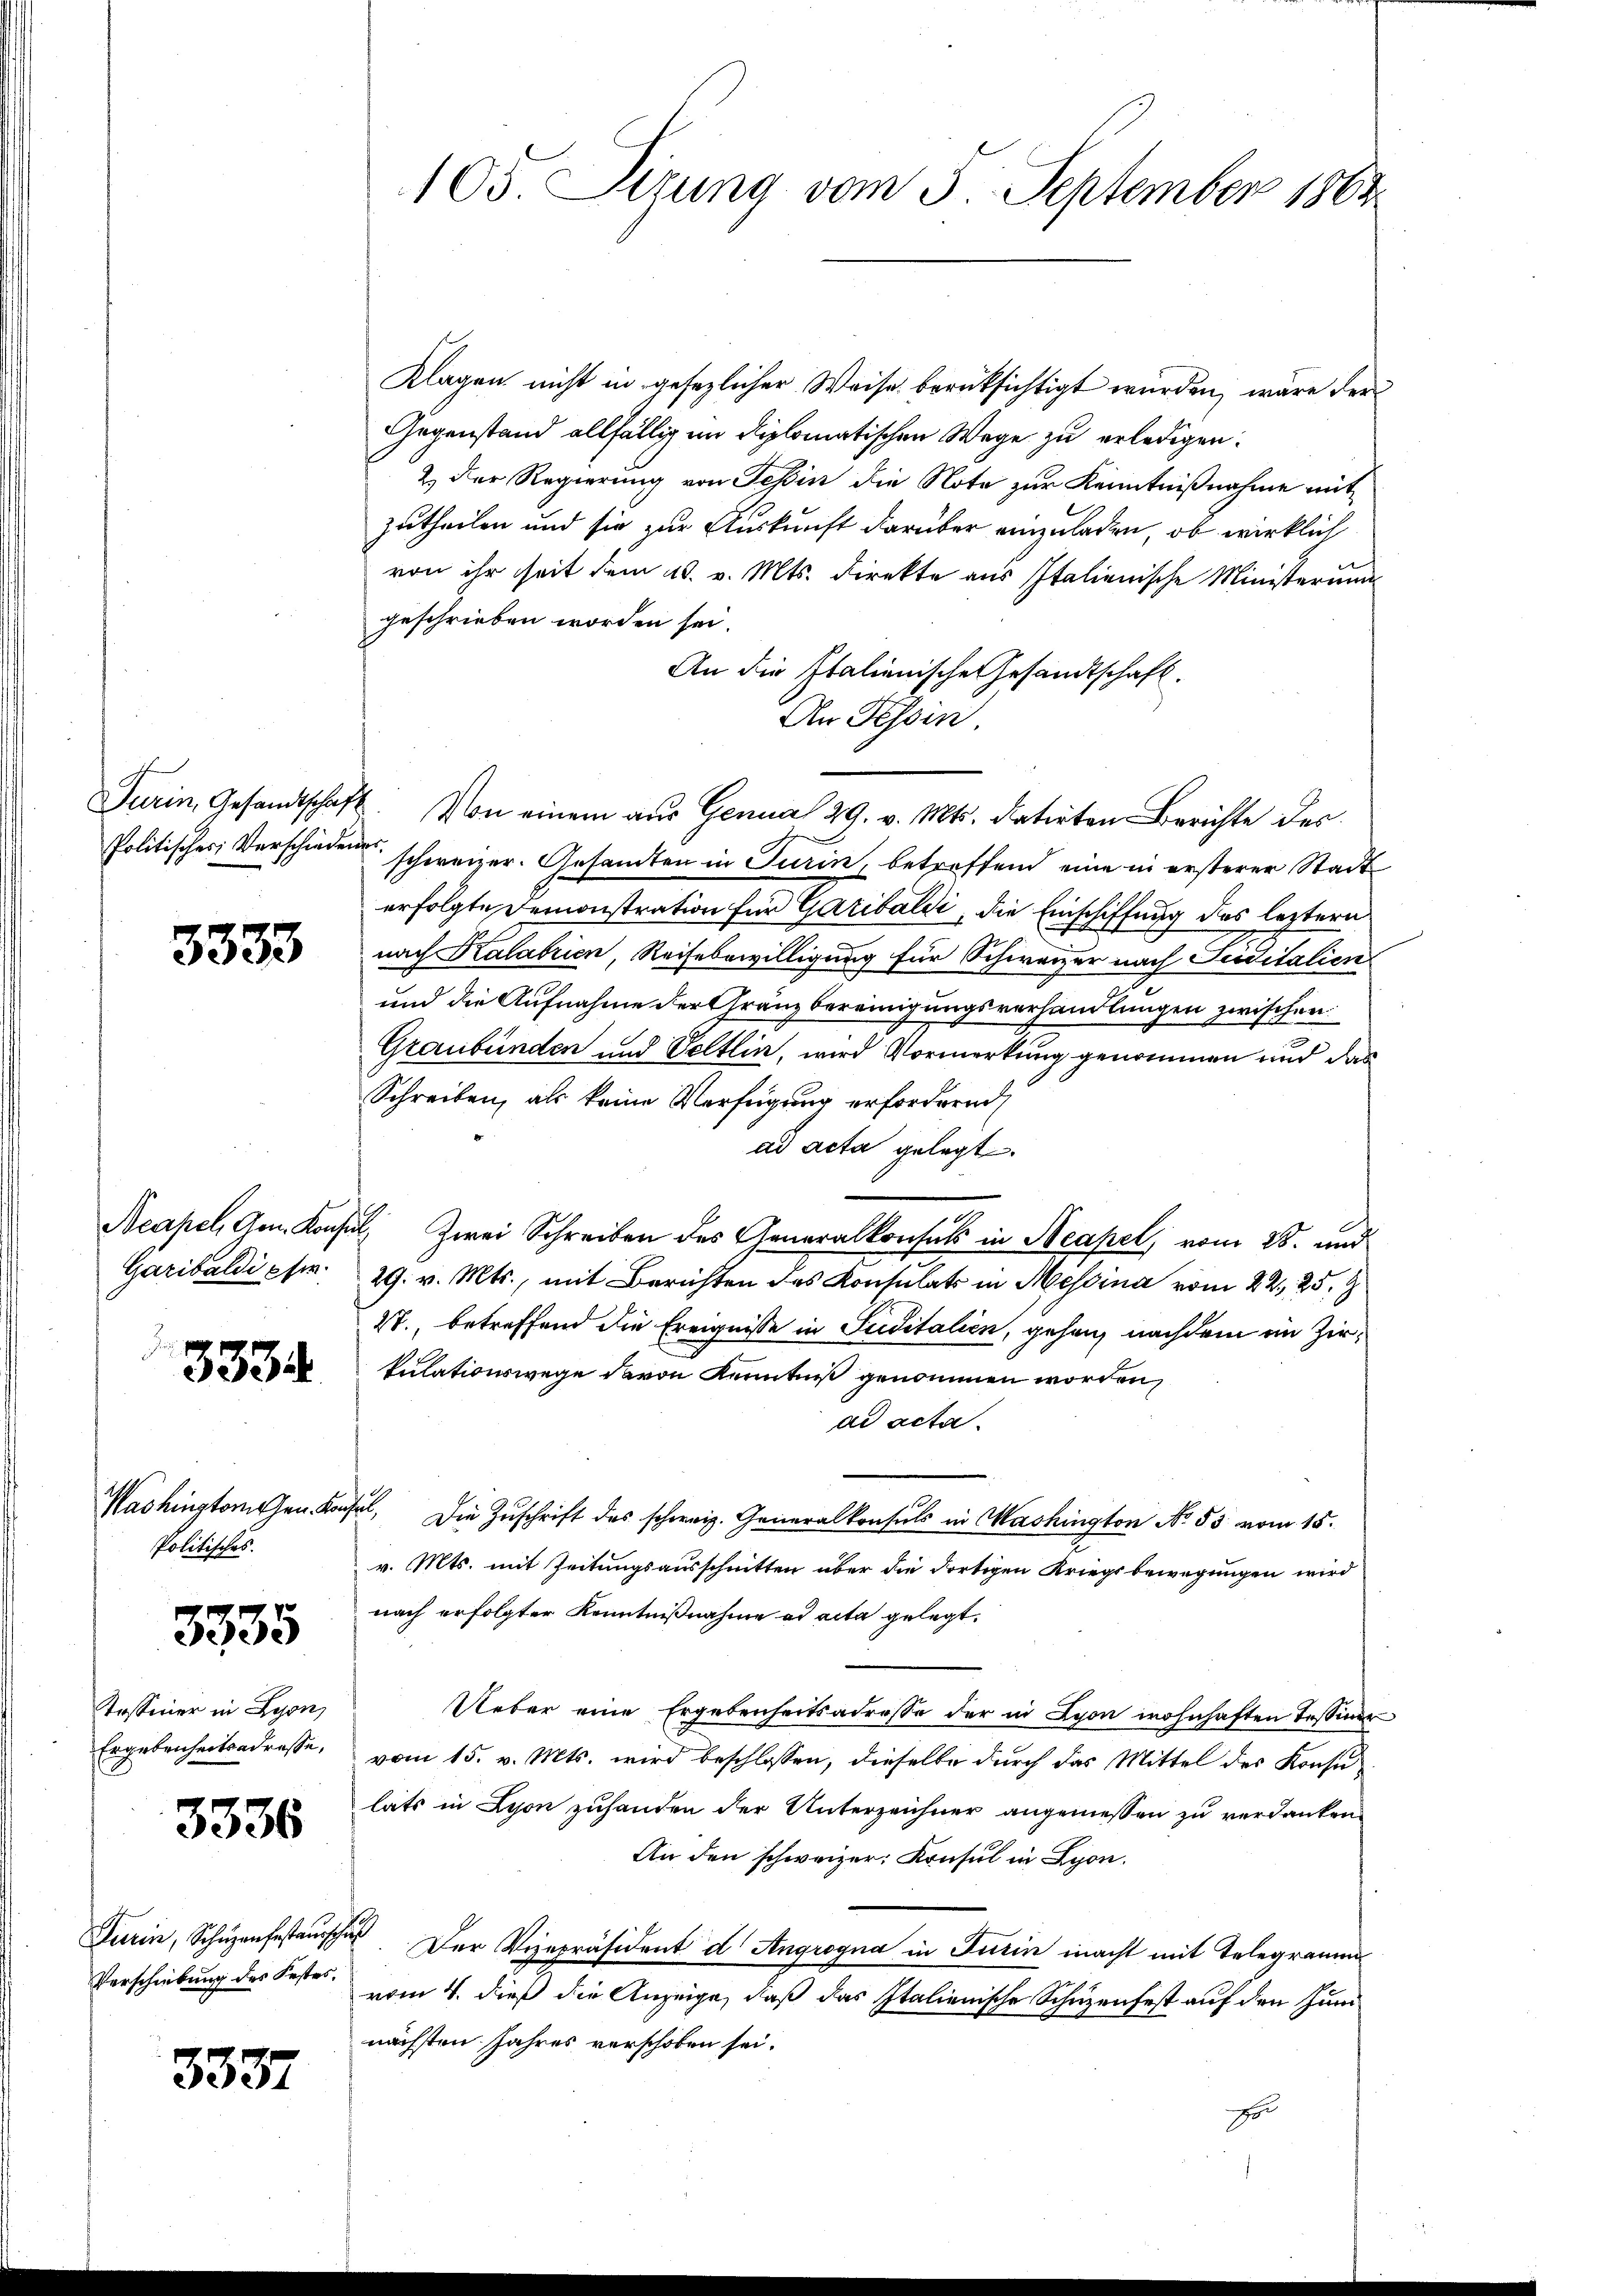
3333

Garibaldi ese

3334.

Washingtorchen Kan¬
Politisches.

8335

Tossener in Lyon
Ergebenheitsadresse,

3336

Turin, Schüzenfestaus
Verschiebung des Festes.

3337

Klagen nicht in gesezlicher Weise berüksichtigt wurden, wäre der
Gegenstand allfällig im diplomatischen Wege zu erledigen.
2.) Der Regierung von Tessin die Note zur Kenntnißnahme mit
zutheilen und sie zur Auskunft darüber einzuladen, ob wirklich
von ihr seit dem 18. v. Mts. Direkte aus Italienische Ministerium
geschrieben worden sei.
An die Italienische Gesandtschaft.
An Tessin.
Turin, Gesandtschaft. Von einem aŭs Genual 29. v. Mts. datirten Berichte des
Politisches Verschieden schweizer. Gesandten in Turin, betreffend eine in ersterer Stadt
erfolgte Demonstration für Garibaldi, die Einschiffung des leztern
nach Kalabrien, Reihebewilligung für Schweizer nach Ferditalien
und die Aufnahme der Gränzbereinigungsverhandlungen zwischen
n
Graubünden und Veltlin, wird Vormerkung genommen und das
Schreiben, als keine Verfügung erfordern
ad acta gelegt.
Neapel, Gen. Konsul Zwei Schreiben des Generalkonsuls in Neapel, vom 28. und
29. v. Mts., mit Berichten des Konsulats in Messina vom 22., 25. 9
2T., betreffend die Ereignisse in Suditalien, gehen, nachdem im Zirkulationswege davon Kenntniß genommen worden,
ad acta.
ehel. Die Zuschrift des schweiz. Generalkonsuls in Washington No. 53 vom 15.
v. Mts. mit Zeitungsausschnitten über die dortigen Kriegsbewegungen wird
nach erfolgter Kenntnißnahme ad acta gelegt.
Ueber eine Ergebenheitsadresse der in Lyon wohnhaften Tessiner
vom 15. v. Mts. wird beschlossen, dieselbe durch das Mittel des Konsu
lats in Lyon zuhanden der Unterzeichner angemessen zu verdanken
An den schweizer Konsul in Lyon.
de. Der Vizepräsident d. Angrogna in Turin macht mit Telegramm
vom 4. dieß die Anzeige, daß das Italienische Schuzenfest auf den Junnächsten Jahres verschoben sei.
Er

105. Sizung vom 5. September 1863